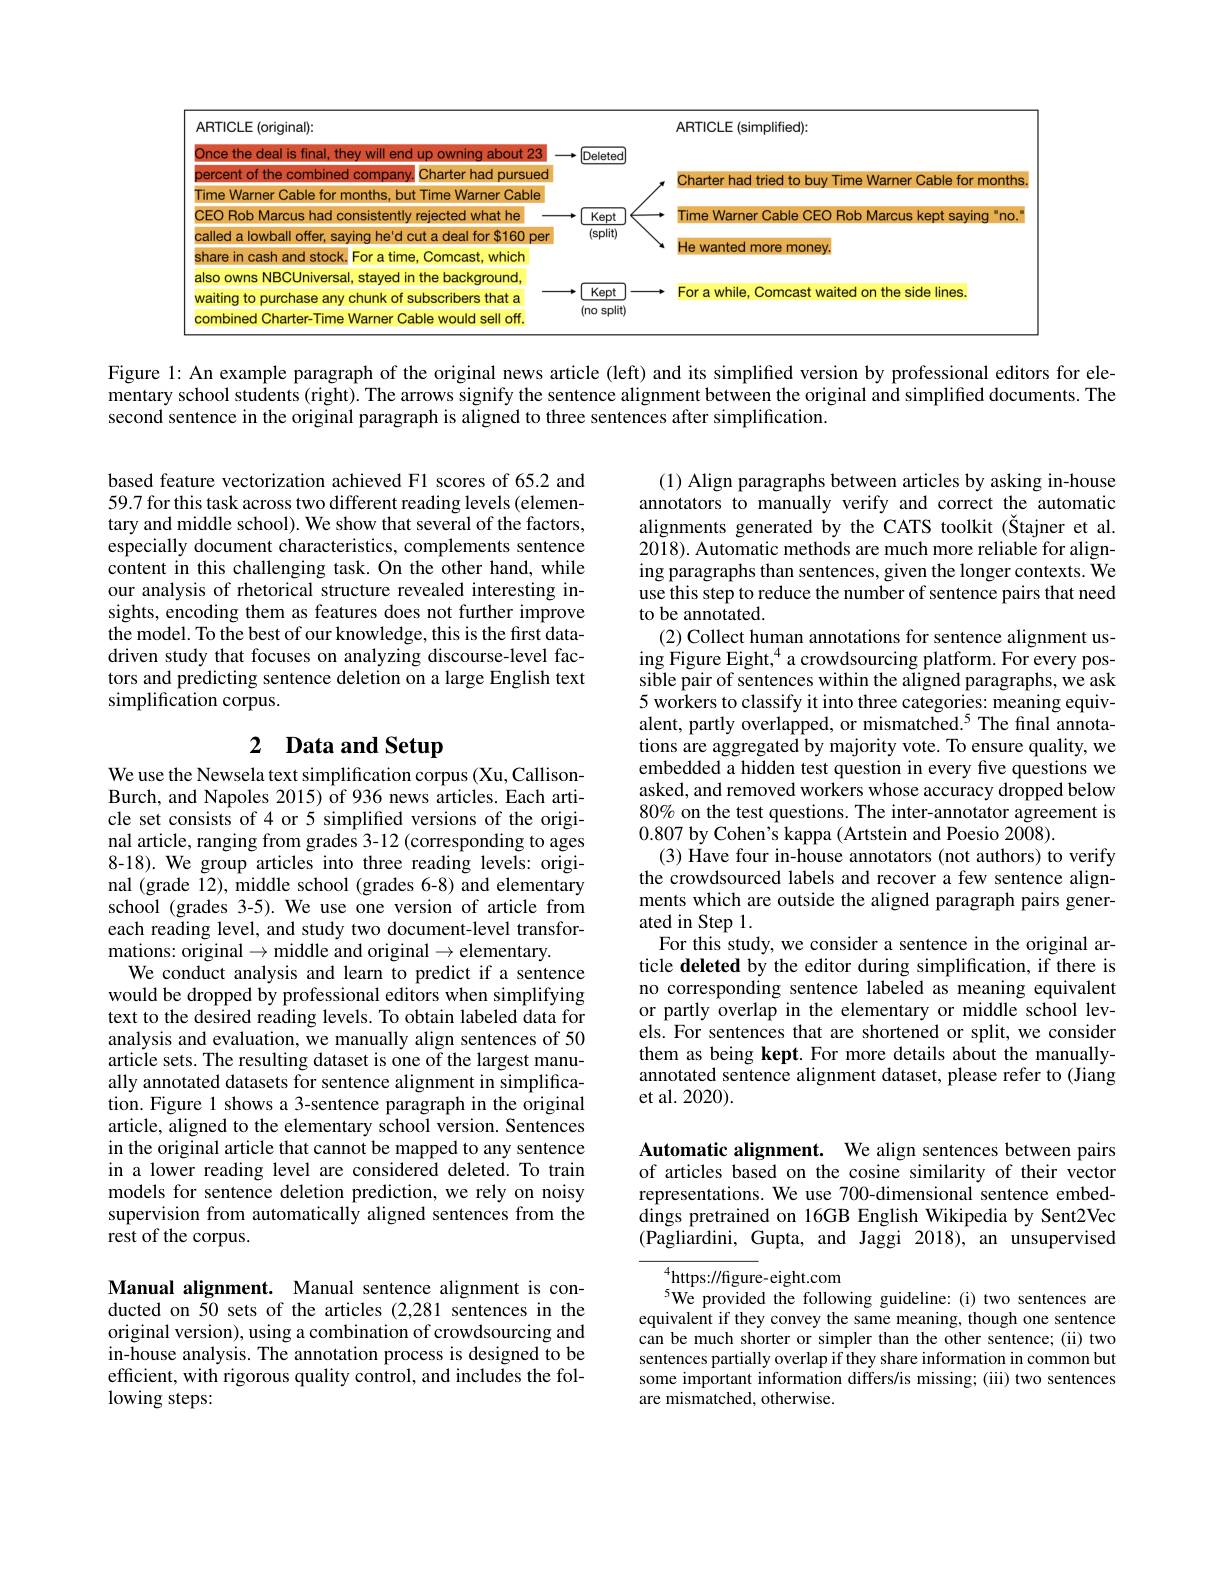
<FigureHere>

Figure 1: An example paragraph of the original news article (left) and its simplified version by professional editors for elementary school students (right). The arrows signify the sentence alignment between the original and simplified documents. The second sentence in the original paragraph is aligned to three sentences after simplification.

based feature vectorization achieved F1 scores of 65.2 and 59.7 for this task across two different reading levels (elementary and middle school). We show that several of the factors, especially document characteristics, complements sentence content in this challenging task. On the other hand, while our analysis of rhetorical structure revealed interesting insights, encoding them as features does not further improve the model. To the best of our knowledge, this is the first datadriven study that focuses on analyzing discourse-level factors and predicting sentence deletion on a large English text simplification corpus.

# 2 Data and Setup

(1) Align paragraphs between articles by asking in-house annotators to manually verify and correct the automatic alignments generated by the CATS toolkit (Štajner et al. 2018). Automatic methods are much more reliable for aligning paragraphs than sentences, given the longer contexts. We use this step to reduce the number of sentence pairs that need to be annotated.
(2) Collect human annotations for sentence alignment using Figure Eight,$^{4}$a crowdsourcing platform. For every possible pair of sentences within the aligned paragraphs, we ask 5 workers to classify it into three categories: meaning equivalent, partly overlapped, or mismatched.$^{5}$ The final annotations are aggregated by majority vote. To ensure quality, we embedded a hidden test question in every five questions we asked, and removed workers whose accuracy dropped below 80% on the test questions. The inter-annotator agreement is 0.807 by Cohen's kappa (Artstein and Poesio 2008).
(3) Have four in-house annotators (not authors) to verify the crowdsourced labels and recover a few sentence alignments which are outside the aligned paragraph pairs generated in Step 1.
For this study, we consider a sentence in the original article deleted by the editor during simplification, if there is no corresponding sentence labeled as meaning equivalent or partly overlap in the elementary or middle school levels. For sentences that are shortened or split, we consider them as being kept. For more details about the manuallyannotated sentence alignment dataset, please refer to (Jiang et al. 2020).

We use the Newsela text simplification corpus (Xu, CallisonBurch, and Napoles 2015) of 936 news articles. Each article set consists of 4 or 5 simplified versions of the original article, ranging from grades 3-12 (corresponding to ages 8-18). We group articles into three reading levels: original (grade 12), middle school (grades 6-8) and elementary school (grades 3-5). We use one version of article from each reading level, and study two document-level transformations: original$\to$middle and original$\to$elementary.
We conduct analysis and learn to predict if a sentence would be dropped by professional editors when simplifying text to the desired reading levels. To obtain labeled data for analysis and evaluation, we manually align sentences of 50 article sets. The resulting dataset is one of the largest manually annotated datasets for sentence alignment in simplification. Figure 1 shows a 3-sentence paragraph in the original article, aligned to the elementary school version. Sentences in the original article that cannot be mapped to any sentence in a lower reading level are considered deleted. To train models for sentence deletion prediction, we rely on noisy supervision from automatically aligned sentences from the rest of the corpus.

Automatic alignment. We align sentences between pairs of articles based on the cosine similarity of their vector representations. We use 700-dimensional sentence embeddings pretrained on 16GB English Wikipedia by Sent2Vec (Pagliardini, Gupta, and Jaggi 2018), an unsupervised

$^{4}$https://figure-eight.com
$^{5}$We provided the following guideline:(i) two sentences are equivalent if they convey the same meaning, though one sentence can be much shorter or simpler than the other sentence; (ii) two sentences partially overlap if they share information in common but some important information differs/is missing; (iii) two sentences are mismatched, otherwise.

Manual alignment. Manual sentence alignment is conducted on 50 sets of the articles (2,281 sentences in the original version), using a combination of crowdsourcing and in-house analysis. The annotation process is designed to be efficient, with rigorous quality control, and includes the following steps: